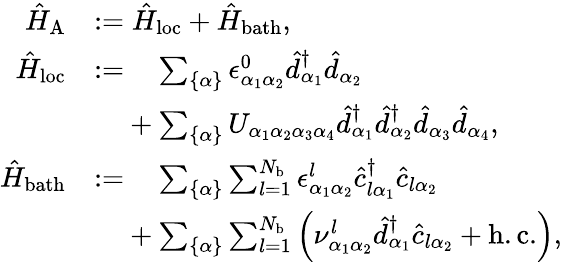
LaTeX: \begin{array}{rl}{\hat{H}_{\mathrm{A}}}&{:=\hat{H}_{\mathrm{loc}}+\hat{H}_{\mathrm{bath}},}\\ {\hat{H}_{\mathrm{loc}}}&{:=\phantom{+}\sum_{\{ \alpha\} }\epsilon_{\alpha_{1}\alpha_{2}}^{0}\hat{d}_{\alpha_{1}}^{\dagger}\hat{d}_{\alpha_{2}}}\\ &{\phantom{:=}+\sum_{\{ \alpha\} }U_{\alpha_{1}\alpha_{2}\alpha_{3}\alpha_{4}}\hat{d}_{\alpha_{1}}^{\dagger}\hat{d}_{\alpha_{2}}^{\dagger}\hat{d}_{\alpha_{3}}\hat{d}_{\alpha_{4}},}\\ {\hat{H}_{\mathrm{bath}}}&{:=\phantom{+}\sum_{\{ \alpha\} }\sum_{l=1}^{N_{\mathrm{b}}}\epsilon_{\alpha_{1}\alpha_{2}}^{l}\hat{c}_{l\alpha_{1}}^{\dagger}\hat{c}_{l\alpha_{2}}}\\ &{\phantom{:=}+\sum_{\{ \alpha\} }\sum_{l=1}^{N_{\mathrm{b}}}\left(\nu_{\alpha_{1}\alpha_{2}}^{l}\hat{d}_{\alpha_{1}}^{\dagger}\hat{c}_{l\alpha_{2}}+\mathrm{h.c.}\right),}\end{array}